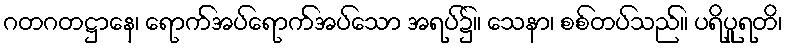
ဂတဂတဋ္ဌာနေ၊ ရောက်အပ်ရောက်အပ်သော အရပ်၌။ သေနာ၊ စစ်တပ်သည်။ ပရိပူရတိ၊